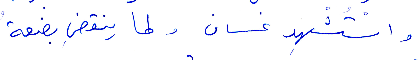
واستشهد غسان، ولما ينقضِ بضعة